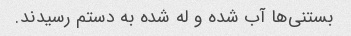
بستنی‌ها آب شده و له شده به دستم رسیدند.